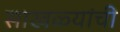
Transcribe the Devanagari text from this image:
साखळ्यांची